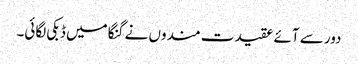
دور سے آئے عقیدت مندوں نے گنگا میں ڈبکی لگائی۔